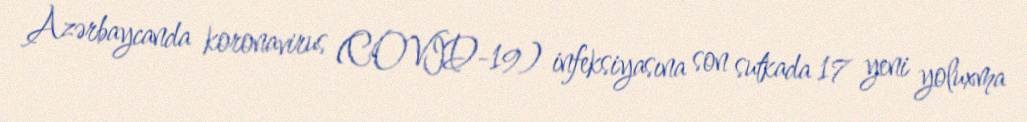
Azərbaycanda koronavirus (COVID-19) infeksiyasına son sutkada 17 yeni yoluxma